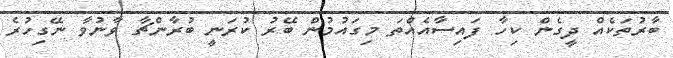
ބާރުތަކެއް ދީގެން ކިހާ ފައިސާއެއްތަ މިގައުމުން ބޭރު ކުރަނީ ބުރާންޗާ ވާނުވާ ނޭގިހުރެ